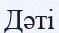
Дәті